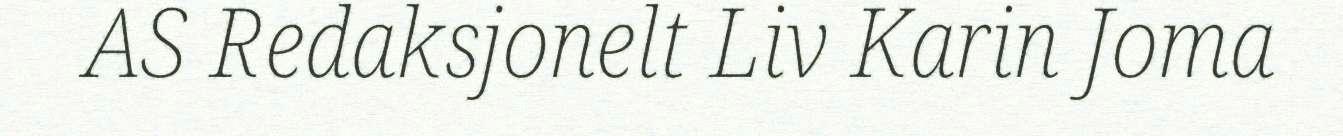
AS Redaksjonelt Liv Karin Joma